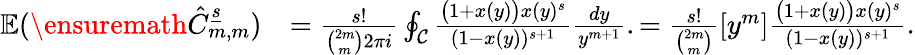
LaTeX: \begin{array}{rl}{{\mathbb{E}}(\ensuremath{\hat{C}_{m,m}^{\underline{{s}}}})}&{=\frac{s!}{\binom{2m}{m}2\pi i}\oint_{\mathcal{C}}\frac{\big(1+x(y)\big)x(y)^{s}}{(1-x(y))^{s+1}}\frac{dy}{y^{m+1}}.=\frac{s!}{\binom{2m}{m}}[y^{m}]\frac{\big(1+x(y)\big)x(y)^{s}}{(1-x(y))^{s+1}}.}\end{array}